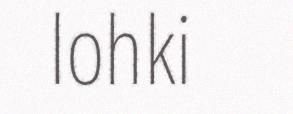
lohki